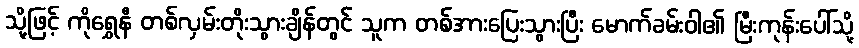
သို့ဖြင့် ကိုရွှေနီ တစ်လှမ်းတိုးသွားချိန်တွင် သူက တစ်အားပြေးသွားပြီး မောက်ခမ်းဝါ၏ မြီးကုန်းပေါ်သို့